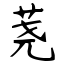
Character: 荛